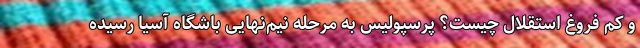
و کم فروغ استقلال چیست؟ پرسپولیس به مرحله نیم‌نهایی باشگاه آسیا رسیده